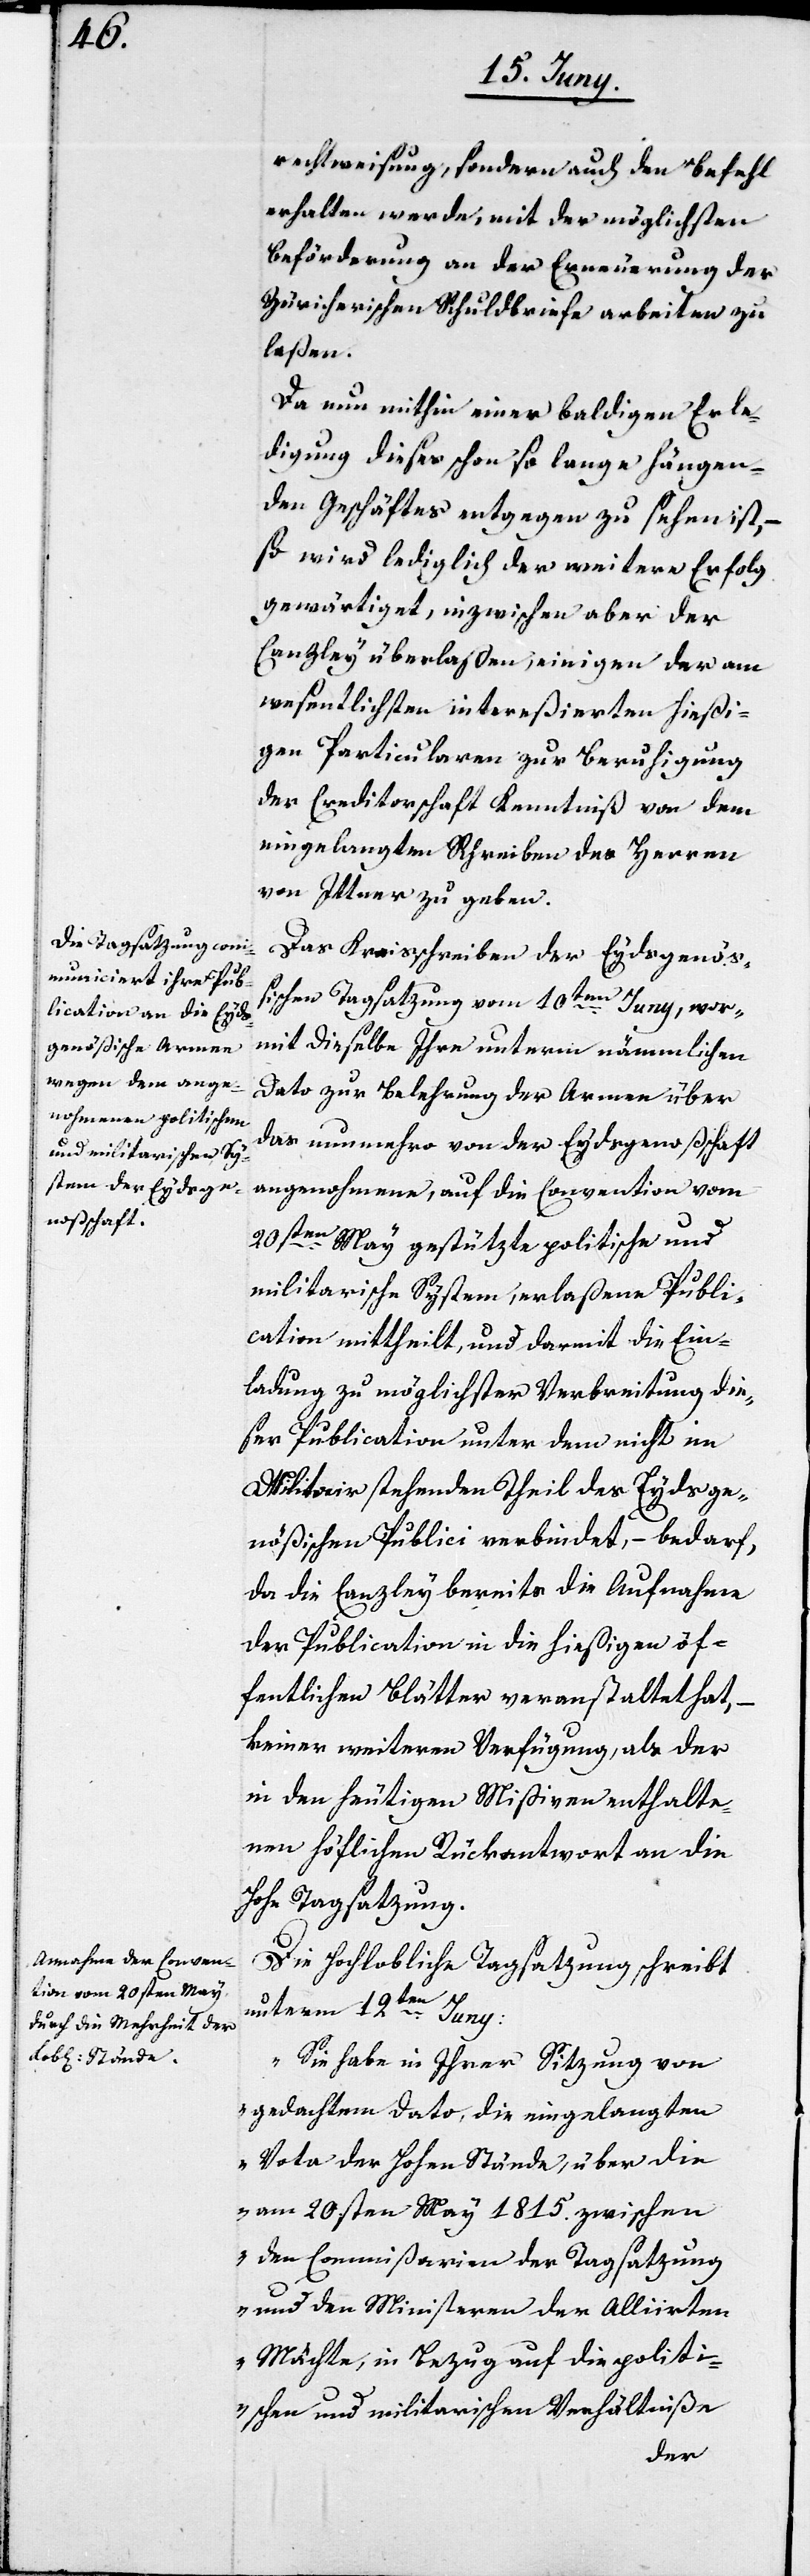
rechtweisung, sondern auch den Befehl
erhalten werde, mit der möglichsten
Beförderung an der Erneuerung der
Züricherischen Schuldbriefe arbeiten zu
laßen.
Da nun mithin einer baldigen Erle¬
digung dieses schon so lange hängen¬
den Geschäftes entgegen zu sehen ist, –
so wird lediglich der weitere Erfolg
gewärtiget, inzwischen aber der
Canzley überlaßen, einigen der am
wesentlichsten intereßierten hießi¬
gen Particularen zur Beruhigung
der Creditorschaft Kenntniß von dem
eingelangten Schreiben des Herren
von Ittner zu geben.
Das Kraisschreiben der Eydsgenöß¬
ischen Tagsatzung vom 10ten Juny, wor¬
mit dieselbe Ihre unterm nämmlichen
Dato zur Belehrung der Armee über
das nunmehro von der Eydsgenoßschaft
angenohmene, auf die Convention vom
20sten May gestützte politische und
militarische System, erlaßene Publi¬
cation mittheilt, und darmit die Ein¬
leitung zu möglichster Verbreitung die¬
ser Publication unter dem nicht im
Militair stehenden Theil des Eydsge¬
nößischen Publici verbindet, – bedarf,
da die Canzley bereits die Aufnahme
der Publication in die hießigen öf¬
fentlichen Blätter veranstaltet hat,
keiner weiteren Verfügung, als der
in den heutigen Mißiven enthalte¬
nen höflichen Rückantwort an die
Hohe Tagsatzung.
Die Hochlobliche Tagsatzung schreibt
unterm 12ten Juny:
„Sie habe in Ihrer Sitzung von
gedachtem Dato, die eingelegten
Vota der Hohen Stände, über die
am 20.sten May 1815. zwischen
den Commißarien der Tagsatzung
und den Ministeren der Alliirten
Mächte, in Bezug auf die politi¬
schen und militarischen Verhältniße